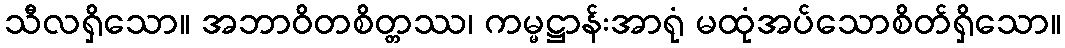
သီလရှိသော။ အဘာဝိတစိတ္တဿ၊ ကမ္မဋ္ဌာန်းအာရုံ မထုံအပ်သောစိတ်ရှိသော။